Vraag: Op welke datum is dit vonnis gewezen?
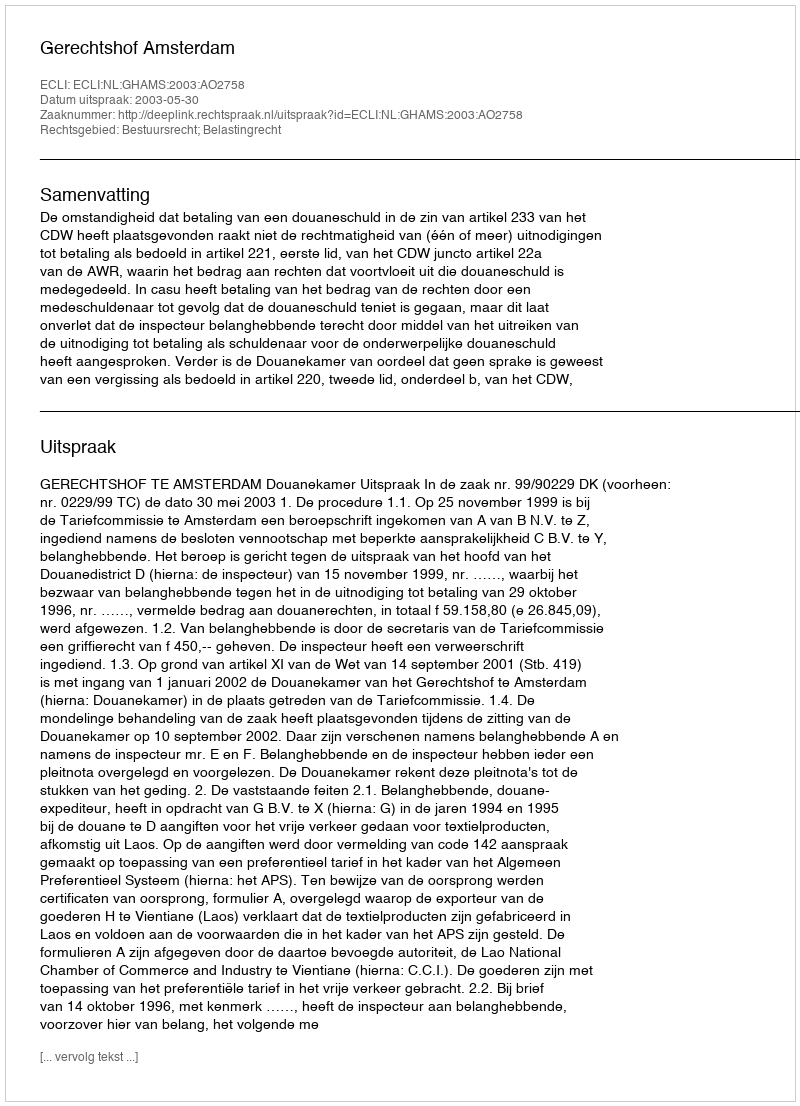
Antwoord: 2003-05-30